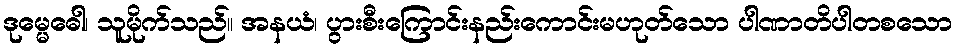
ဒုမ္မေဓေါ၊ သူမိုက်သည်။ အနယံ၊ ပွားစီးကြောင်းနည်းကောင်းမဟုတ်သော ပါဏာတိပါတစသော